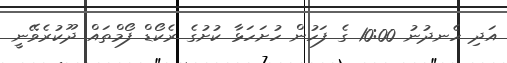
އަދި ހެނދުނު 10:00 ގެ ފަހުން ހުށަހަޅާ ކުށުގެ ރެކޯޑް ފޯމްތައް ދޫކުރެވޭނީ